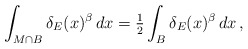
\begin{align*}\int_{M\cap B} \delta_E(x)^\beta \,dx = \tfrac 12 \int_B \delta_E(x)^\beta\,dx\,,\end{align*}